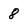
Character: 8